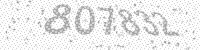
Solution: 807832